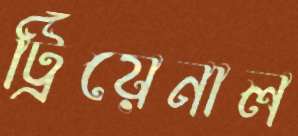
ট্রিয়েনাল